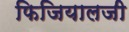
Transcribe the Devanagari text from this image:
फिजियालजी